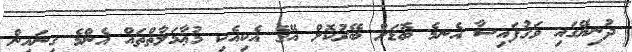
ދުނިޔޭގައި ވަގުފައިސާ އެނމެ ބޮޑަށް ބޭރުކޮށް އޭގެ އެކިއެކި މުޢާމަލާތްތައް އެންމެ ގިނައިން